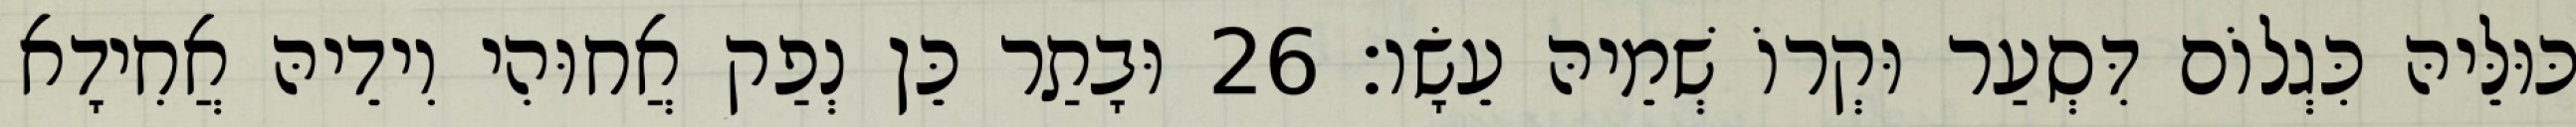
כּוּלֵּיהּ כִּגְלוֹם דִּסְעַר וּקְרוֹ שְׁמֵיהּ עֵשָׂו׃ 26 וּבָתַר כֵּן נְפַק אֲחוּהִי וִידֵיהּ אֲחִידָא